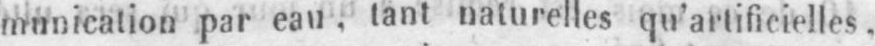
munication par eau, tant naturelles qu’artificielles,